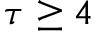
\tau \geq 4